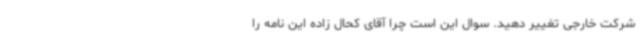
شرکت خارجی تغییر دهید. سوال این است چرا آقای کحال زاده این نامه را